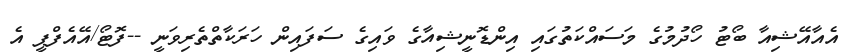
އެއާއޭޝިއާ ބޯޓު ހޯދުމުގެ މަސައްކަތުގައި އިންޑޮނީޝިއާގެ ވައިގެ ސަފައިން ހަރަކާތްތެރިވަނީ --ފޮޓޯ/އޭއެފްޕީ އެ